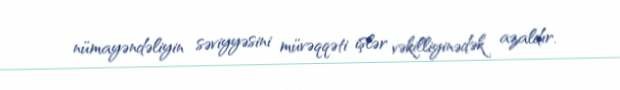
nümayəndəliyin səviyyəsini müvəqqəti işlər vəkilliyinədək azaldır.